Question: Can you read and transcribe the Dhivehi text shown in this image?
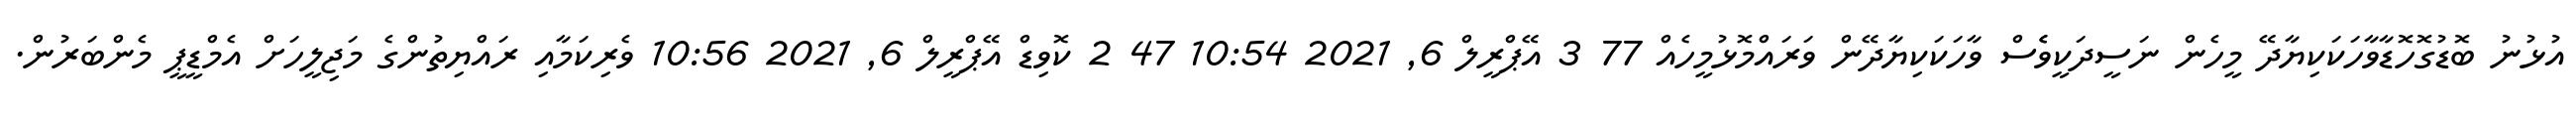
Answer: އުޅުނު ބޮޑުގޮހޮޑާވާހަކަކިޔާދޭ މީހެން ނަސީދަކީވެެސް ވާހަކަކިޔާދޭން ވަރައްމޮޅުމީހެއް 77 3 އޭޕްރީލް 6, 2021 10:54 47 2 ކޮވިޑް އޭޕްރީލް 6, 2021 10:56 ވެރިކަމާއި ރައްޔިތުންގެ މަޖިލީހަށް އެމްޑީޕީ މެންބަރުން.